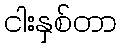
ငါးနှစ်တာ